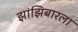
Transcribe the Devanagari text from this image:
झांझिबारला